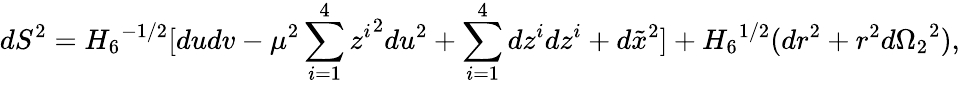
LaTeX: dS^{2}={H_{6}}^{-1/2}[dudv-\mu^{2}\sum_{i=1}^{4}{z^{i}}^{2}du^{2}+\sum_{i=1}^{4}dz^{i}dz^{i}+d\tilde{x}^{2}]+{H_{6}}^{1/2}(dr^{2}+r^{2}d{\Omega_{2}}^{2}),